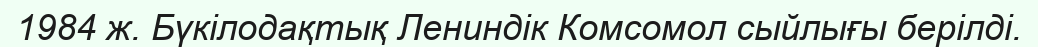
1984 ж. Бүкілодақтық Лениндік Комсомол сыйлығы берілді.